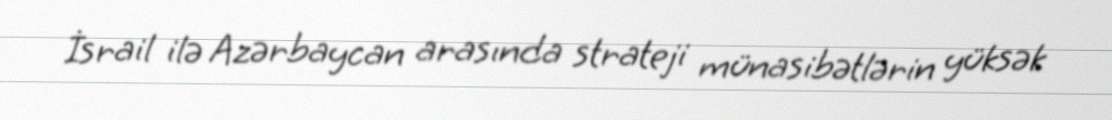
İsrail ilə Azərbaycan arasında strateji münasibətlərin yüksək